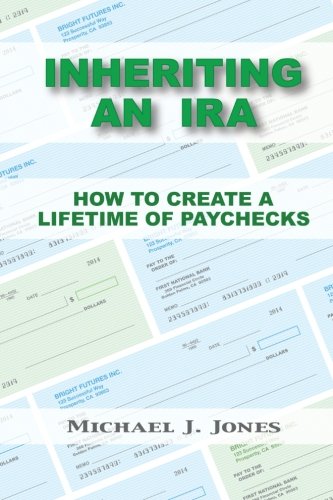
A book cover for Inheriting an IRA: How to Create a Lifetime of Paychecks; Michael J. Jones; Business & Money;